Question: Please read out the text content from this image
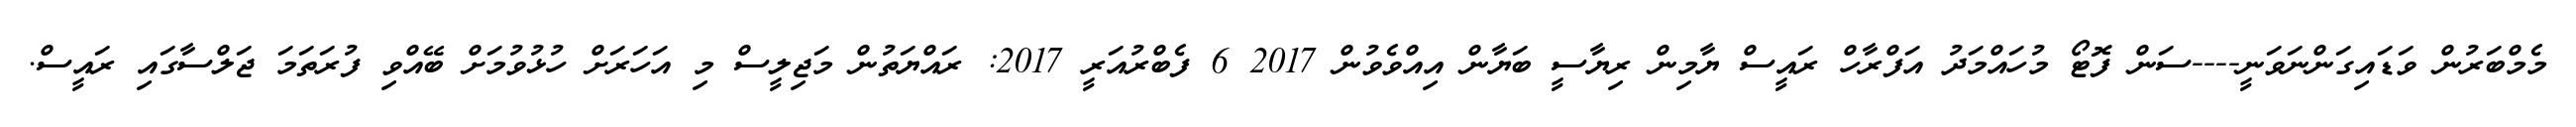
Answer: މެމްބަރުން ވަޑައިގަންނަވަނީ----ސަން ފޮޓޯ މުހައްމަދު އަފްރާހް ރައީސް ޔާމިން ރިޔާސީ ބަޔާން އިއްވެވުން 2017 6 ފެބްރުއަރީ 2017: ރައްޔަތުން މަޖިލީސް މި އަހަރަށް ހުޅުވުމަށް ބޭއްވި ފުރަތަމަ ޖަލްސާގައި ރައީސް.